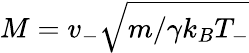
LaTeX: M=v_{-}\sqrt{m/\gamma k_{B}T_{-}}